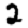
Digit: 2